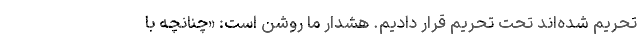
تحریم شده‌اند تحت تحریم قرار دادیم. هشدار ما روشن است: «چنانچه با